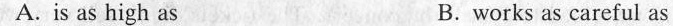
A.is as high as B.works as careful as